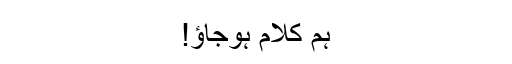
ہم کلام ہوجاؤ!